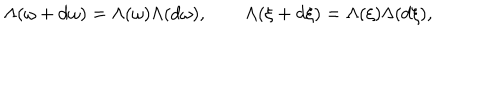
LaTeX: \Lambda ( \omega + d \omega ) = \Lambda ( \omega ) \Lambda ( d \omega ) , \qquad \Lambda ( \xi + d \xi ) = \Lambda ( \xi ) \Lambda ( d \xi ) ,